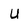
Character: U